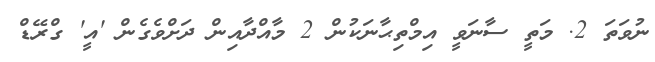
ނުވަތަ 2. މަތީ ސާނަވީ އިމްތިޙާނަކުން 2 މާއްދާއިން ދަށްވެގެން 'އީ' ގްރޭޑް